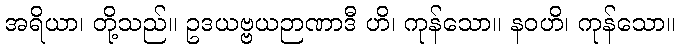
အရိယာ၊ တို့သည်။ ဥဒယဗ္ဗယဉာဏာဒီ ဟိ၊ ကုန်သော။ နဝဟိ၊ ကုန်သော။